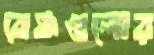
বেঞ্চগুলোর